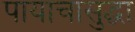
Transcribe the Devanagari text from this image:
पायाचासुद्धा